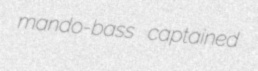
mando-bass captained